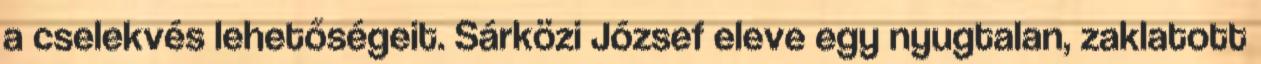
a cselekvés lehetőségeit. Sárközi József eleve egy nyugtalan, zaklatott